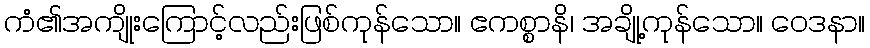
ကံ၏အကျိုးကြောင့်လည်းဖြစ်ကုန်သော။ ဧကစ္စာနိ၊ အချို့ကုန်သော။ ဝေဒနာ။